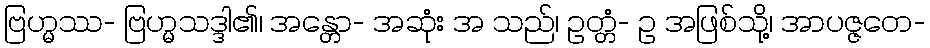
ဗြဟ္မဿ- ဗြဟ္မသဒ္ဒါ၏၊ အန္တော- အဆုံး အ သည်၊ ဥတ္တံ- ဥ အဖြစ်သို့၊ အာပဇ္ဇတေ-